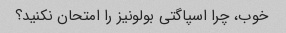
خوب، چرا اسپاگتی بولونیز را امتحان نکنید؟